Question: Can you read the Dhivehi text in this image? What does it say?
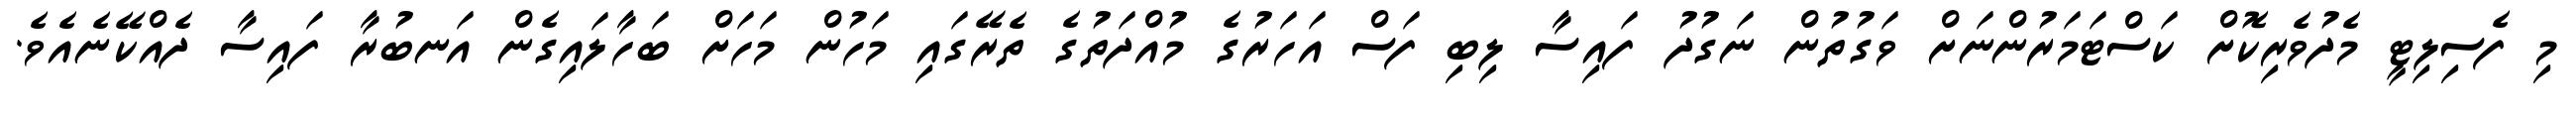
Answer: މި ފެސިލިޓީ މެދުވެރިކޮށް ކަސްޓަމަރުންނަށް ވަގުތުން ނަގުދު ފައިސާ ލިބި ފަސް އަހަރުގެ މުއްދަތުގެ ތެރޭގައި މަހުން މަހަށް ބަހާލައިގެން އަނބުރާ ފައިސާ ދެއްކޭނެއެވެ.